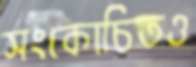
সংকোচিতও